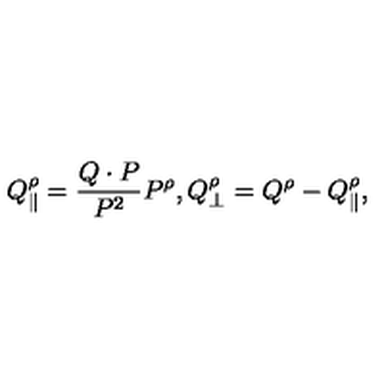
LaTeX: Q _ { \| } ^ { \rho } = { \frac { Q \cdot P } { P ^ { 2 } } } P ^ { \rho } , Q _ { \bot } ^ { \rho } = Q ^ { \rho } - Q _ { \| } ^ { \rho } ,